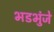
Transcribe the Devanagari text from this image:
भडभुंजे